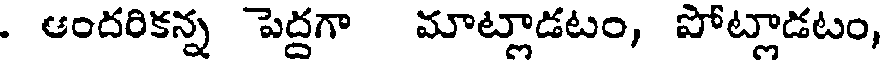
. ఆందరికన్న పెద్దగా మాట్లాడటం, పోట్లాడటం,